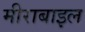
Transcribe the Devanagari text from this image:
मीराबाइल